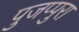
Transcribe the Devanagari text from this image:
पुजप्पुरा